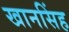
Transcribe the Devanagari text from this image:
खानसिंह